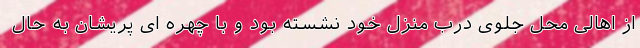
از اهالی محل جلوی درب منزل خود نشسته بود و با چهره ای پریشان به حال